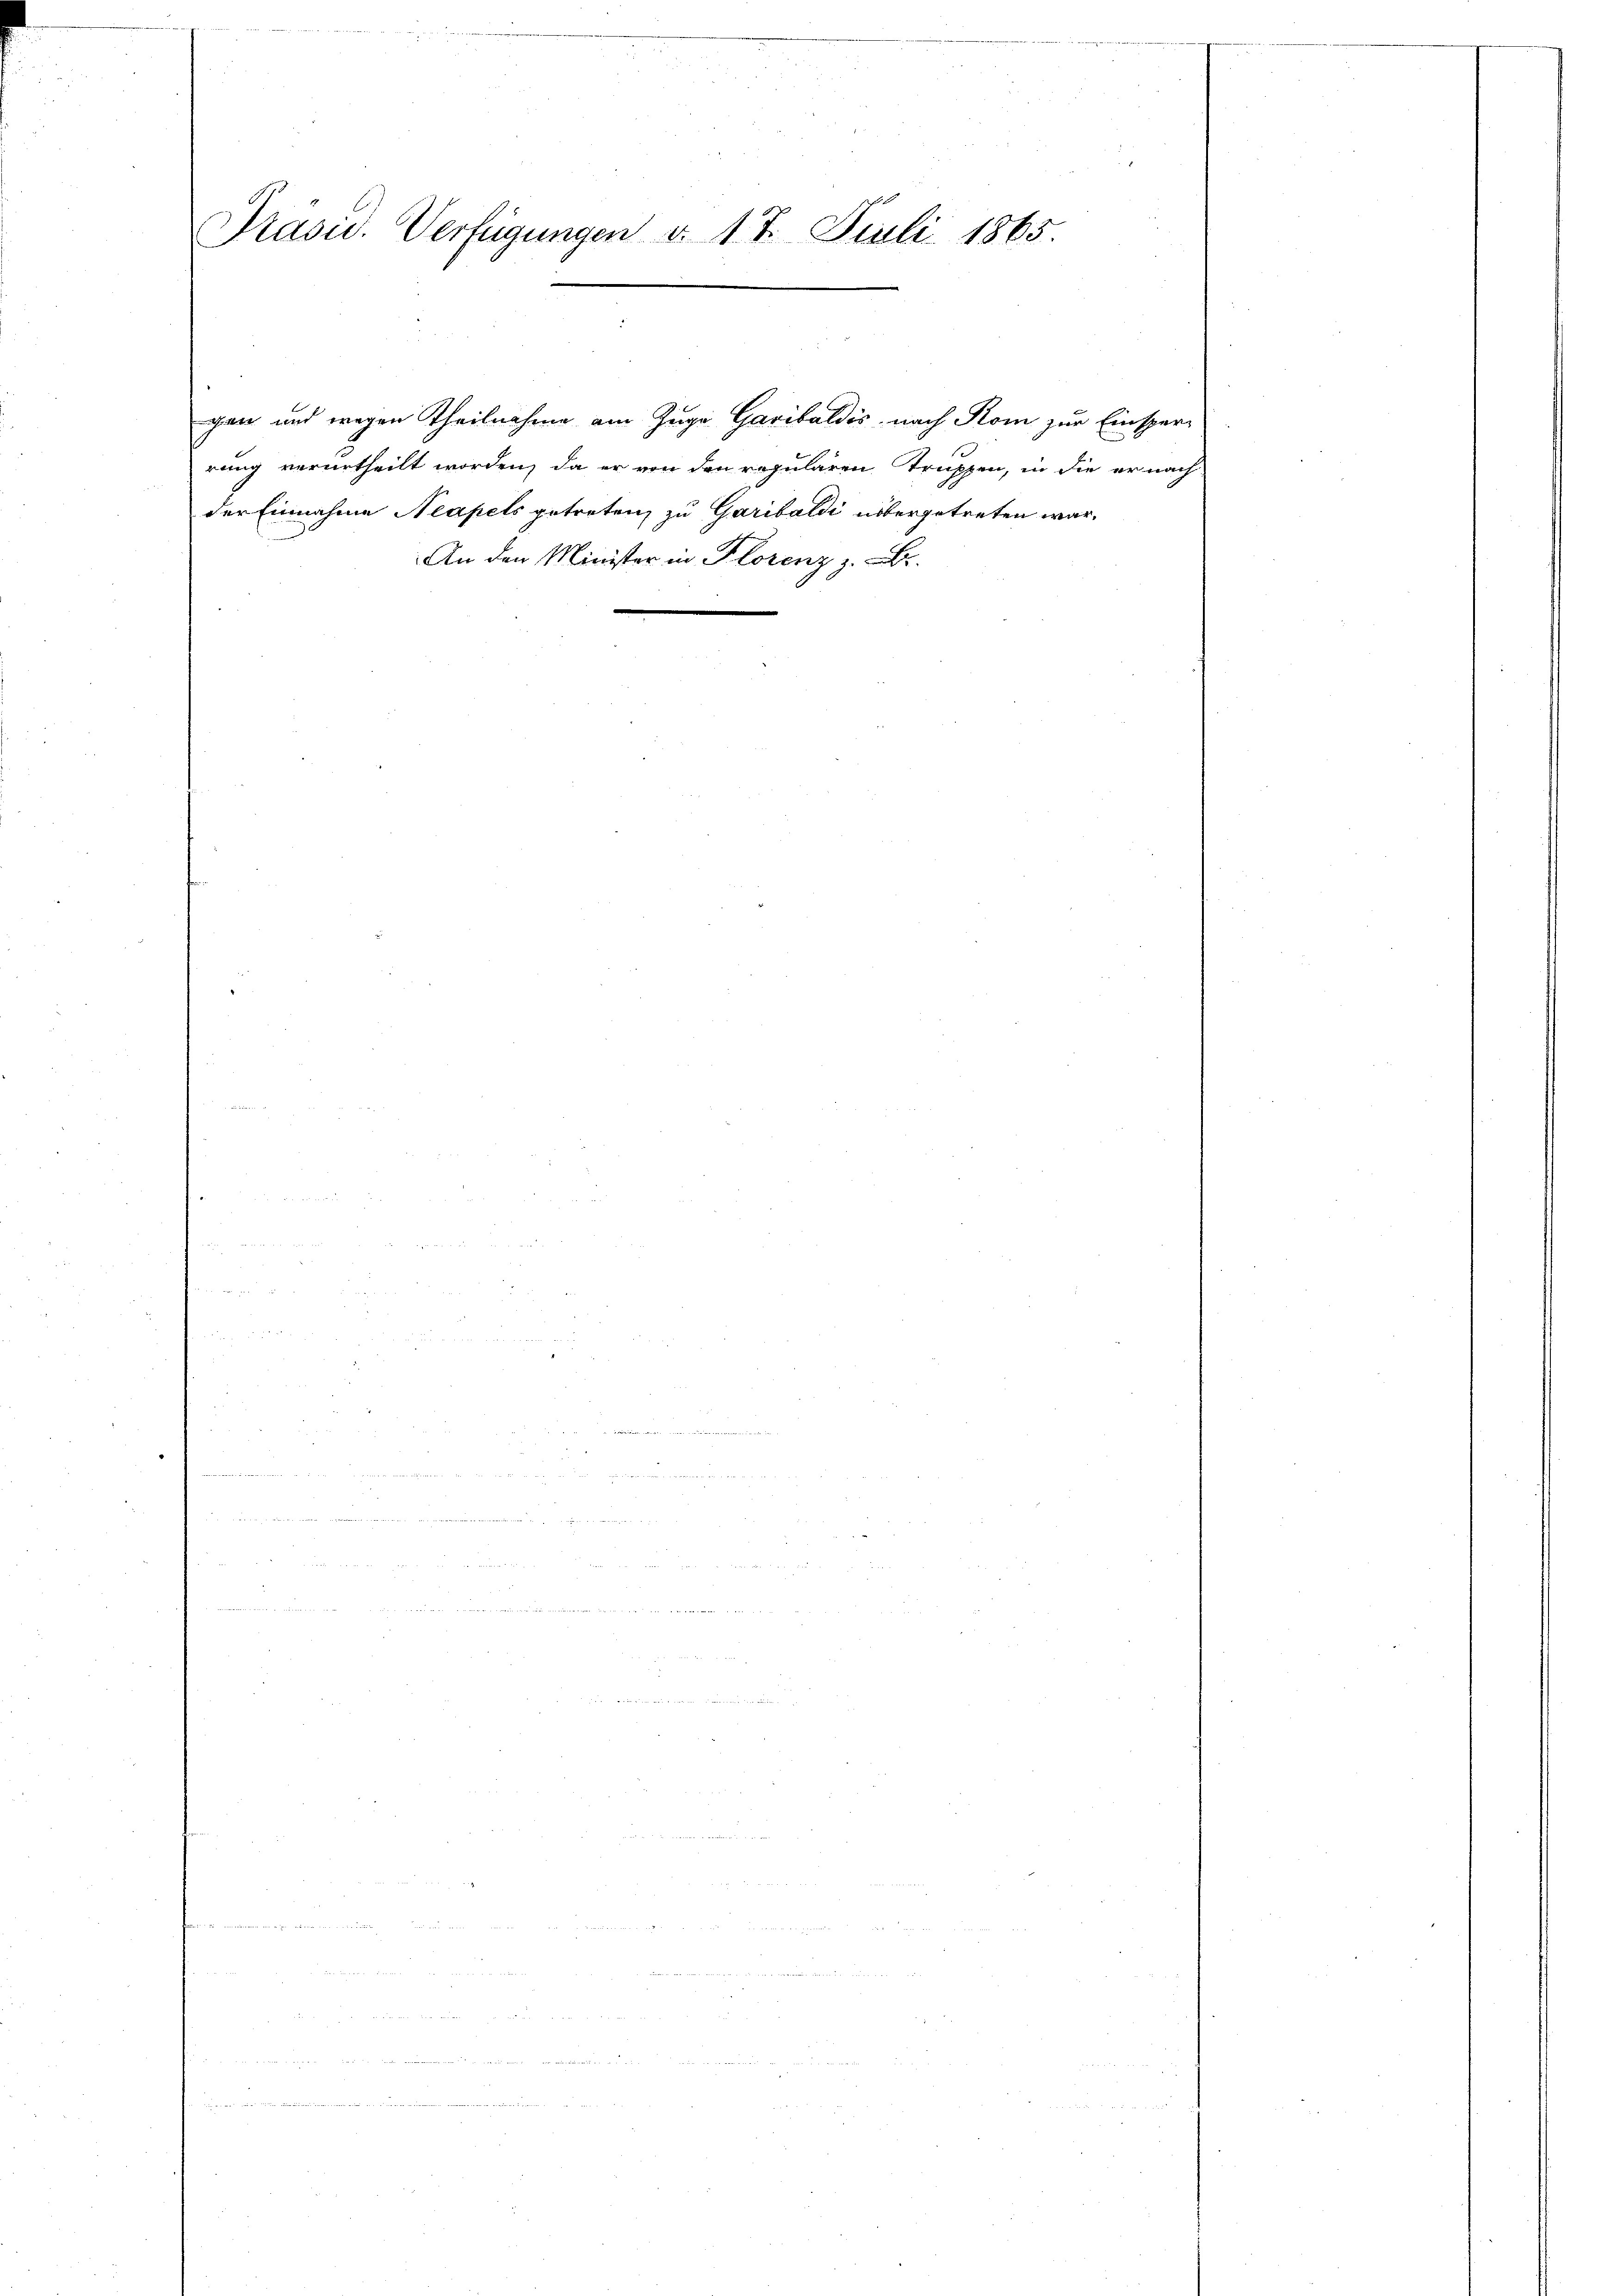
Präsid. Verfügungen v. 17. Juli 1865.

gen und wegen Theilnahme am Zuge Garibaldis nach Rom zur Einsperrung verurtheilt worden, da er von den repularen Truppen, in die er nach
der Einnahme Neapels getreten, zu Garibaldi übergetreten war.
An den Minister in Florenz z. B.